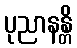
ပုညာနန္တိ